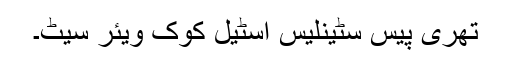
تھری پیس سٹینلیس اسٹیل کوک ویئر سیٹ۔